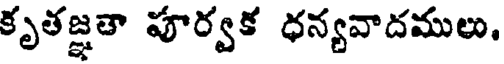
కృతజ్ఞతా పూర్వక ధన్యవాదములు,